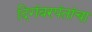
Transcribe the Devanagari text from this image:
दिगंबरपंतांचा